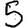
Digit: 5